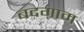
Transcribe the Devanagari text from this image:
बदगाम